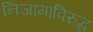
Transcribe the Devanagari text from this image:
निजामाविरुद्ध